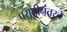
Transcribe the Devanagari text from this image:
प्रसूतीनंतरचे